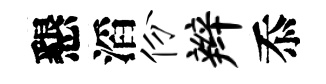
懇滔份辫忝